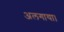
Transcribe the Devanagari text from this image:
अलगाया।